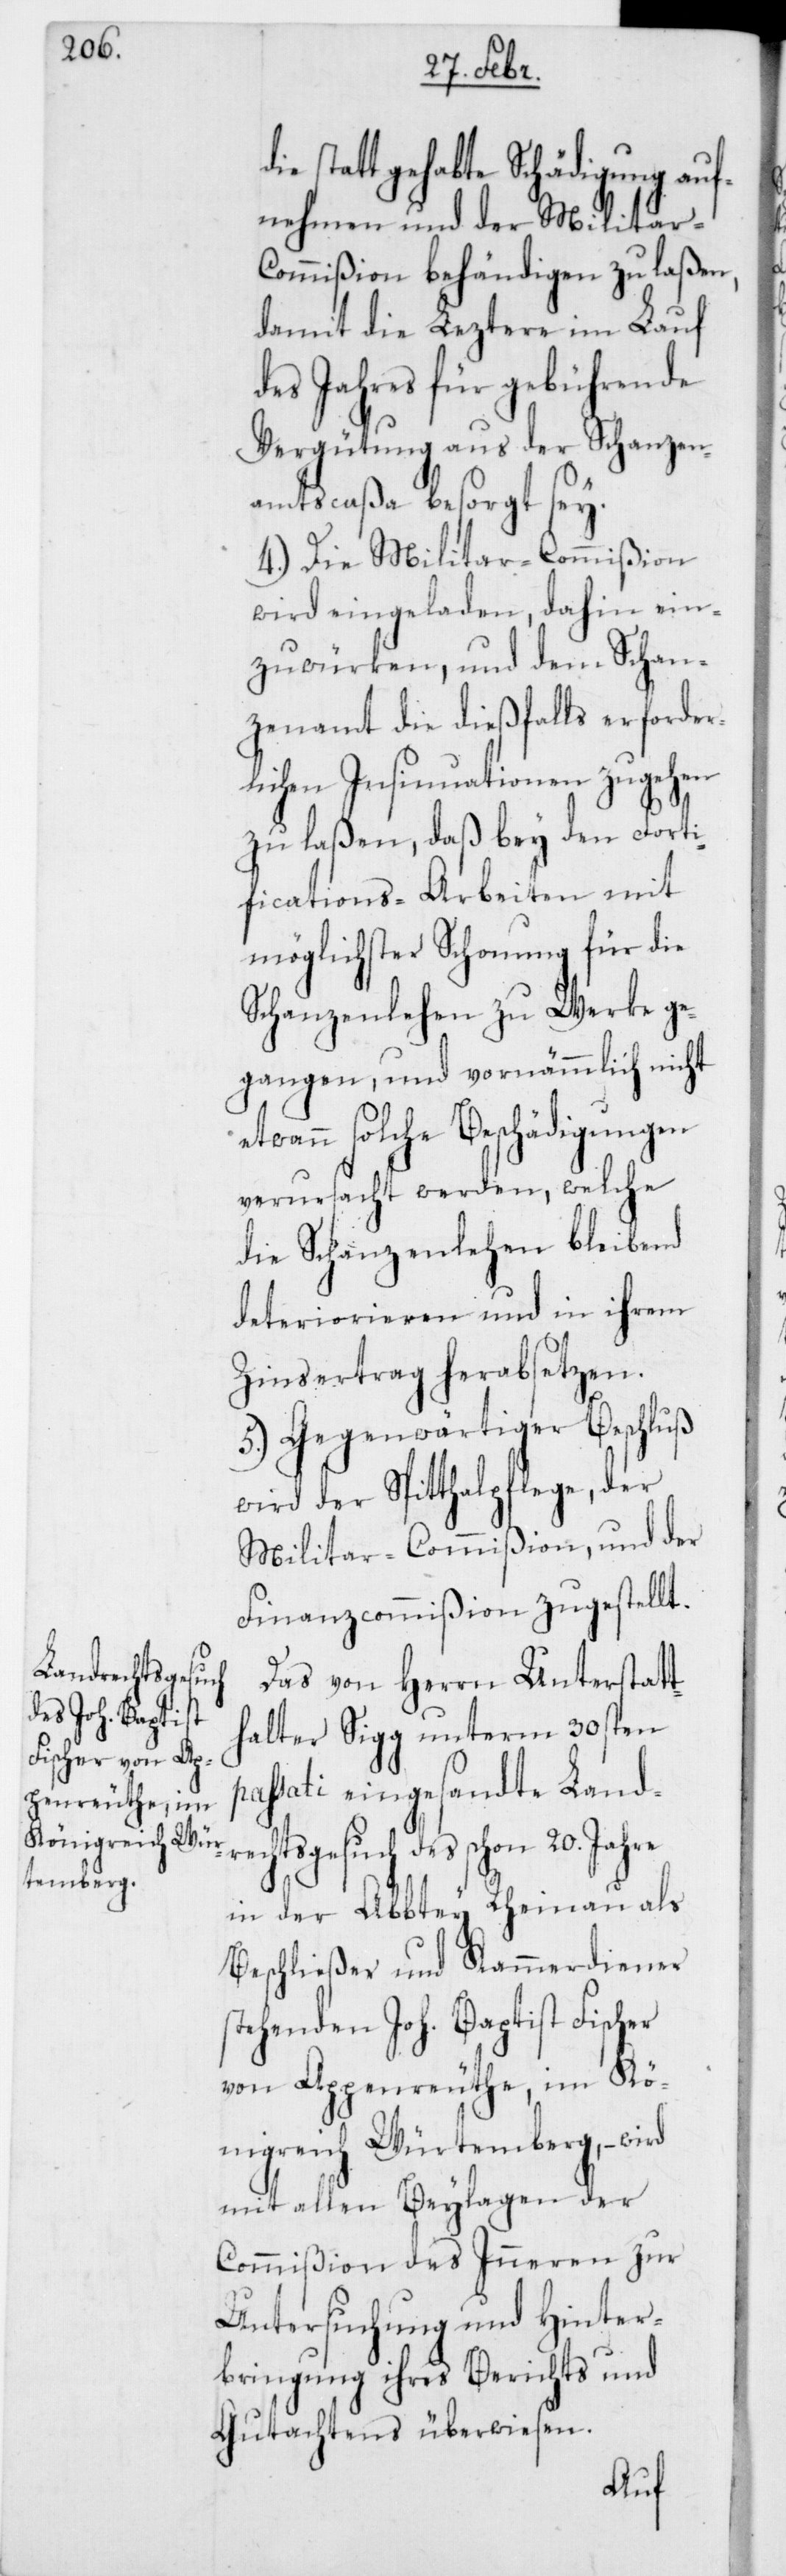
Statt gehabte Schädigung auf¬
nehmen und der Militar-C¬
ommißion behändigen zu laßen,
damit die Leztere im Lauf
des Jahres für gebührende
Vergütung aus der Schanzen¬
amtscaßa besorgt sey.
4.) Die Militar-Commißion
wird eingeladen, dahin ein¬
zuwürken, und dem Schan¬
zenamt die dießfalls erforder¬
lichen Insinuationen zugehen
zu laßen, daß bey den Forti¬
fications-Arbeiten mit
möglichster Schonung für die
Schanzenlehen zu Werke ge¬
gangen, und vornämmlich nicht e¬
twann solche Beschädigungen
verursacht werden, welche
die Schanzenlehen bleibend
deteriorieren und in ihrem
Zinsertrag herabsetzen.
5.) Gegenwärtiger Beschluß
wird der Spitthalpflege, der
Militar-Commißion und der
Finanzcommißion zugestellt.
Das von Herrn Unterstatt¬
halter Sigg unterm 30sten p¬
assati eingesandte Landr¬
echtsgesuch des schon 20.
in der Abbtey Rheinau als
Beschließer und Kammerdiener
stehenden Joh. Baptist Fischer
von Appenreuthe, im Kö¬
nigreich Würtemberg, – wird
mit allen Beylagen der
Commißion des Inneren zur
Untersuchung und Hinter¬
bringung ihres Berichts und
Gutachtens überwiesen.